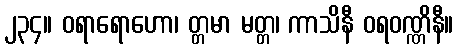
၂၃၄။ ဝရာရောဟော၊ တ္တမာ မတ္တ၊ ကာသိနီ ဝရဝဏ္ဏိနီ။